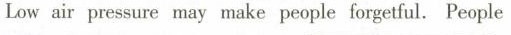
Low air pressure may make peopleforgetful. People